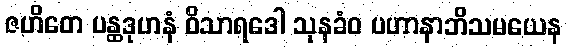
ဇဟိတေ ပန္ထဒုဟနံ ဝိသာရဒေါ သုနခံဝ ပဟာနာဘိသမယေန